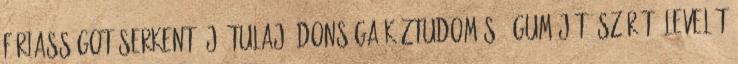
Fériasságot serkentő jó tulaj- donsága köztudomású. Gumóját, szárát, levelét